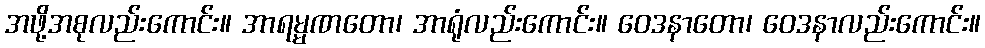
အဖို့အစုလည်းကောင်း။ အာရမ္မဏတော၊ အာရုံလည်းကောင်း။ ဝေဒနာတော၊ ဝေဒနာလည်းကောင်း။